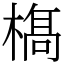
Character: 𣘺